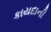
કાયદાની